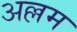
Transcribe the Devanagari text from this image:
अल्लम